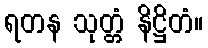
ရတန သုတ္တံ နိဋ္ဌိတံ။